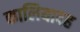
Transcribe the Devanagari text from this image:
कालियादह